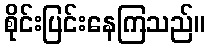
စိုင်းပြင်းနေကြသည်။